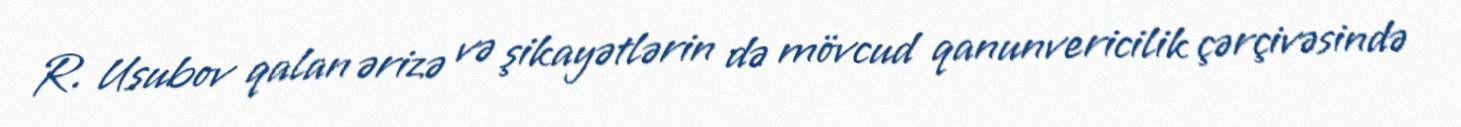
R. Usubov qalan ərizə və şikayətlərin də mövcud qanunvericilik çərçivəsində